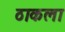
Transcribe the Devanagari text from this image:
ठाकला